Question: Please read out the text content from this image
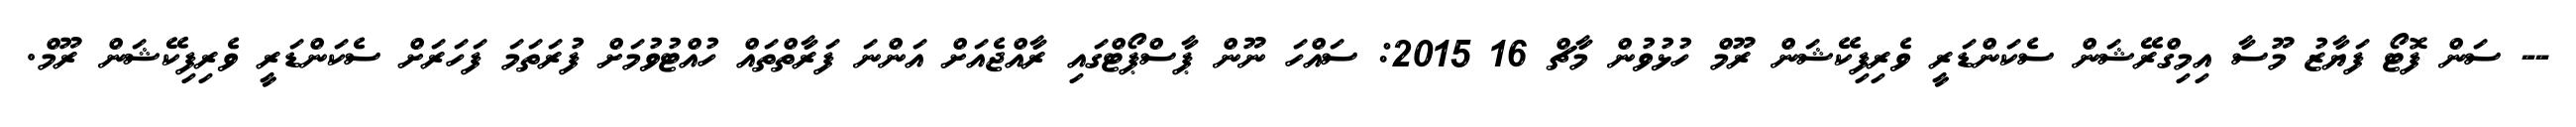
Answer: -- ސަން ފޮޓޯ ފަޔާޒު މޫސާ އިމިގްރޭޝަން ސެކަންޑަރީ ވެރިފިކޭޝަން ރޫމް ހުޅުވުން މާޗް 16 2015: ސައްހަ ނޫން ޕާސްޕޯޓްގައި ރާއްޖެއަށް އަންނަ ފަރާތްތައް ހުއްޓުވުމަށް ފުރަތަމަ ފަހަރަށް ސެކަންޑަރީ ވެރިފިކޭޝަން ރޫމް.